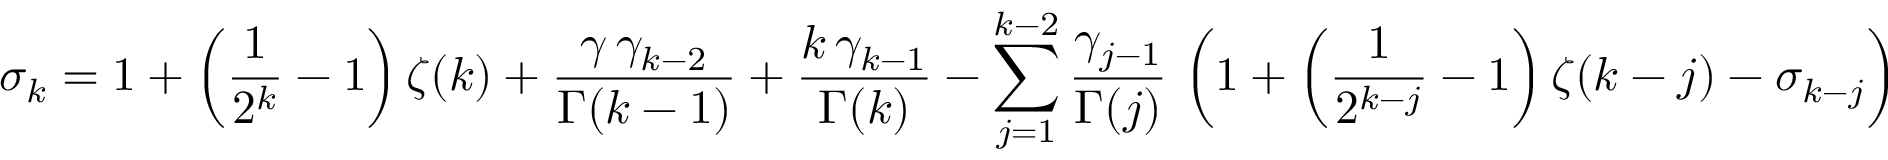
\sigma _ { k } = 1 + \left( \frac { 1 } { 2 ^ { k } } - 1 \right) \zeta ( k ) + \frac { \gamma \, \gamma _ { k - 2 } } { \Gamma ( k - 1 ) } + \frac { k \, \gamma _ { k - 1 } } { \Gamma ( k ) } - \sum _ { j = 1 } ^ { k - 2 } \frac { \gamma _ { j - 1 } } { \Gamma ( j ) } \, \left( 1 + \left( \frac { 1 } { 2 ^ { k - j } } - 1 \right) \zeta ( k - j ) - \sigma _ { k - j } \right)